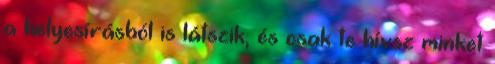
a helyesírásból is látszik, és csak te hívsz minket